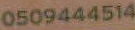
0509444514